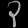
Digit: ၃